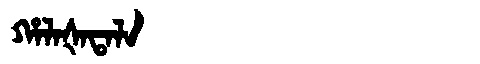
Manchu: ᡥᠠᠯᠠᡧᠠᡨᠠᠯᠠ
Romanization: HALAŠATALA